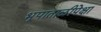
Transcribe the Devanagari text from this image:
भूपाताळीपेक्षा